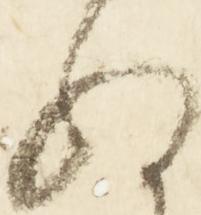
ぬ